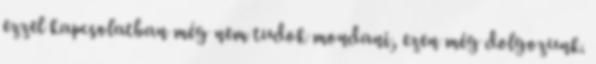
ezzel kapcsolatban még nem tudok mondani, ezen még dolgozunk.